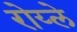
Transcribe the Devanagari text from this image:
रोय्ले